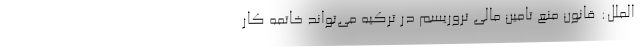
‌الملل: قانون منع تامین مالی تروریسم در ترکیه می‌تواند خاتمه کار